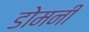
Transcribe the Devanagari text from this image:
डोमनी